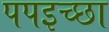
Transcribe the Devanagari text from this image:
पपइच्छा